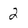
Character: 2